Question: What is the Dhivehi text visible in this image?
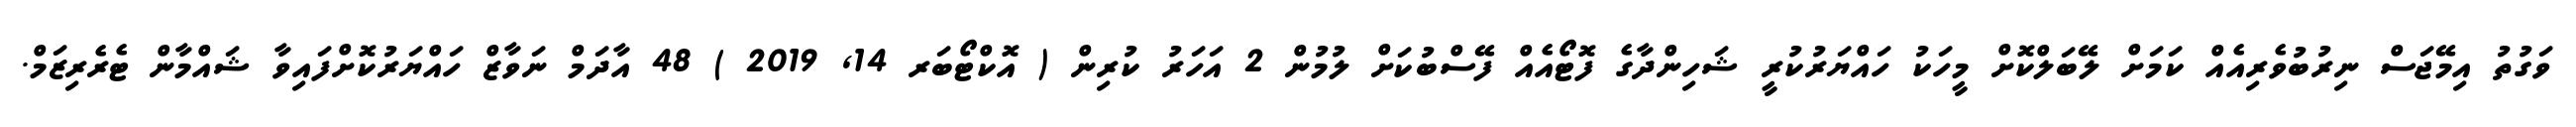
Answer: ވަގުތު އިމޭޖަސް ނިރުބުވެރިއެއް ކަމަށް ލޭބަލްކޮށް މީހަކު ހައްޔަރުކުރީ ޝަހިންދާގެ ފޮޓޯއެއް ފޭސްބުކަށް ލުމުން 2 އަހަރު ކުރިން ( އޮކްޓޯބަރ 14, 2019 ) 48 އާދަމް ނަވާޒް ހައްޔަރުކޮށްފައިވާ ޝައްމާން ޓެރެރިޒަމް.